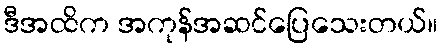
ဒီအထိက အကုန်အဆင်ပြေသေးတယ်။